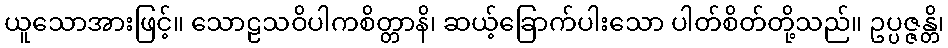
ယူသောအားဖြင့်။ သောဠသဝိပါကစိတ္တာနိ၊ ဆယ့်ခြောက်ပါးသော ပါတ်စိတ်တို့သည်။ ဥပ္ပဇ္ဇန္တိ၊